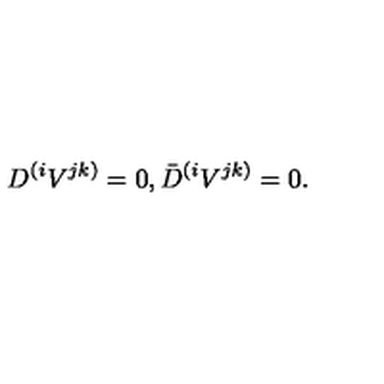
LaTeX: D ^ { ( i } V ^ { j k ) } = 0 , \bar { D } ^ { ( i } V ^ { j k ) } = 0 .